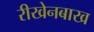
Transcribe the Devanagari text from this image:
रीखेनबाख